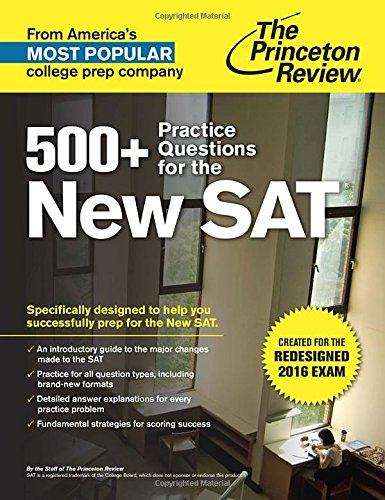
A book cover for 500+ Practice Questions for the New SAT: Created for the Redesigned 2016 Exam (College Test Preparation); Princeton Review; Test Preparation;